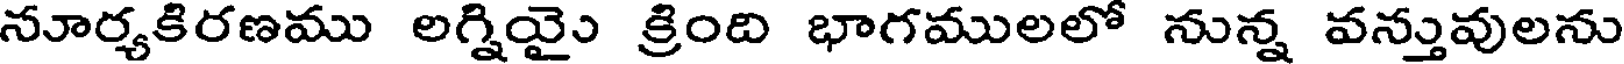
నూర్యకిరణము లగ్నియైు క్రింది భాగములలో నున్న వన్తువులను